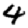
Digit: 4